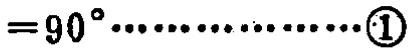
$=90^{\circ}\cdots\cdots\cdots\cdots\cdots\textcircled{1}$